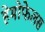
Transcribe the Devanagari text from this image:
हेमोफेलस